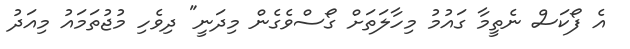
އެ ފޯކަސް ނެތީމާ ގައުމު މިހާލަތަށް ގޯސްވެގެން މިދަނީ" ދިވެހި މުޖުތަމައު މިއަދު